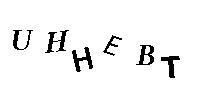
UHHEBT